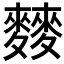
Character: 𲎐